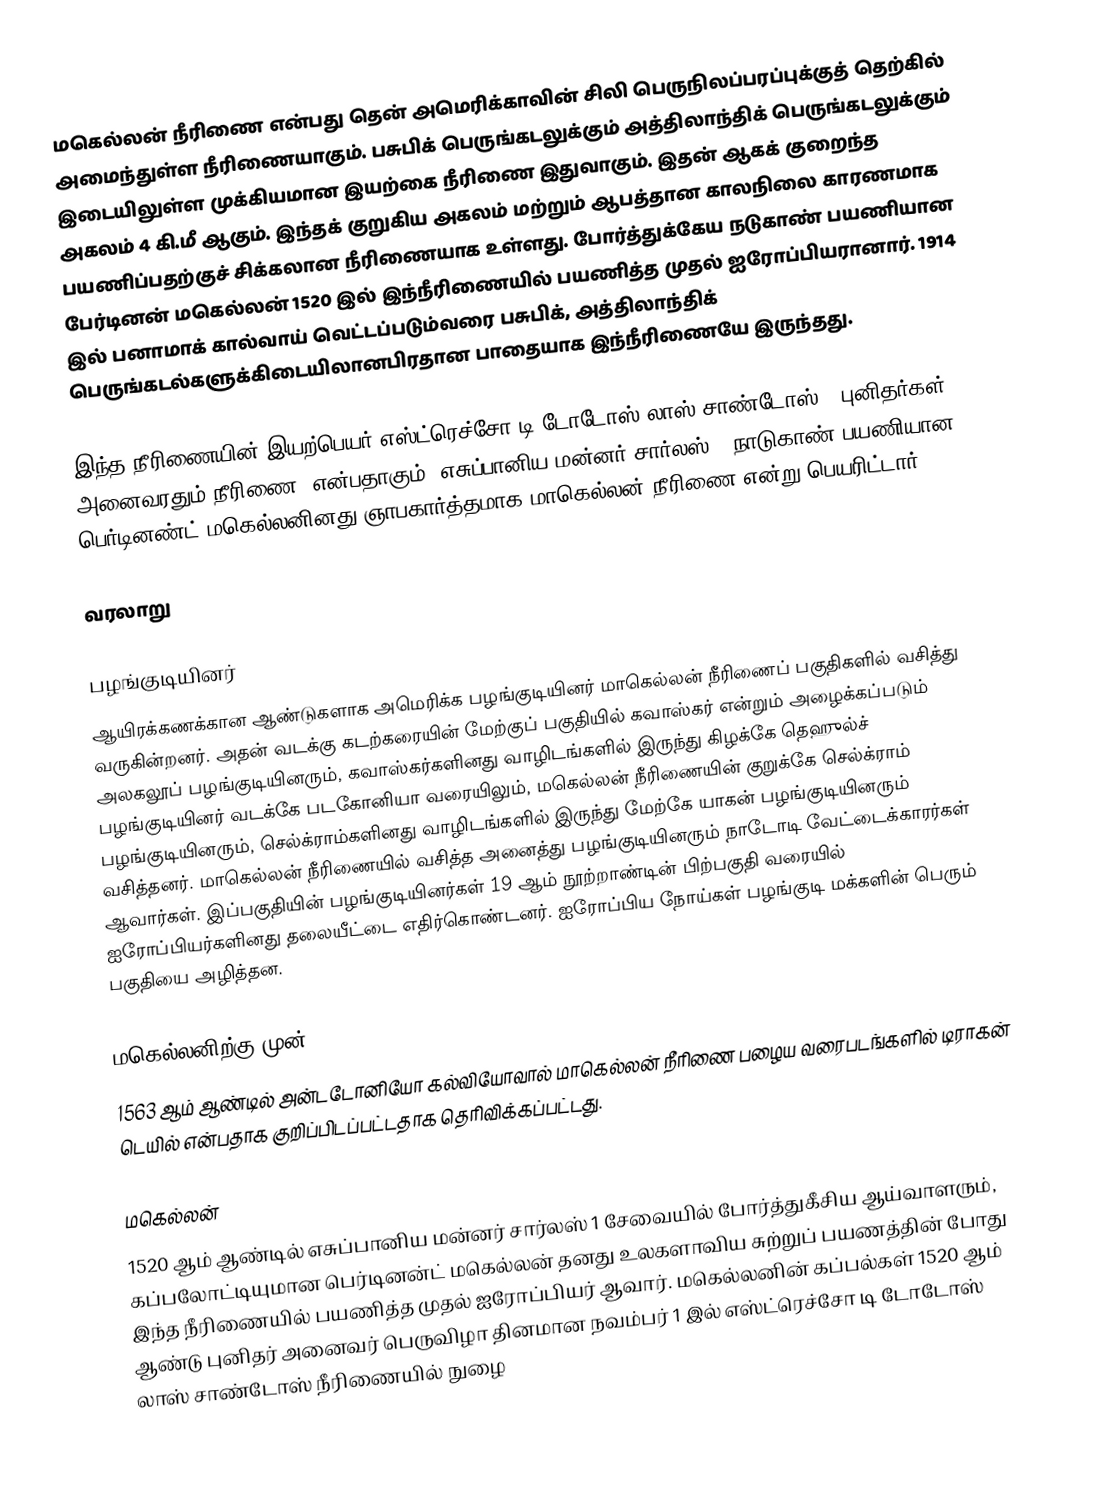
மகெல்லன் நீரிணை என்பது தென் அமெரிக்காவின் சிலி பெருநிலப்பரப்புக்குத் தெற்கில் அமைந்துள்ள நீரிணையாகும். பசுபிக் பெருங்கடலுக்கும் அத்திலாந்திக் பெருங்கடலுக்கும் இடையிலுள்ள முக்கியமான இயற்கை நீரிணை இதுவாகும். இதன் ஆகக் குறைந்த அகலம் 4 கி.மீ ஆகும். இந்தக் குறுகிய அகலம் மற்றும் ஆபத்தான காலநிலை காரணமாக பயணிப்பதற்குச் சிக்கலான நீரிணையாக உள்ளது. போர்த்துக்கேய நடுகாண் பயணியான பேர்டினன் மகெல்லன் 1520 இல் இந்நீரிணையில் பயணித்த முதல் ஐரோப்பியரானார். 1914 இல் பனாமாக் கால்வாய் வெட்டப்படும்வரை பசுபிக், அத்திலாந்திக் பெருங்கடல்களுக்கிடையிலானபிரதான பாதையாக இந்நீரிணையே இருந்தது.

இந்த நீரிணையின் இயற்பெயர் எஸ்ட்ரெச்சோ டி டோடோஸ் லாஸ் சாண்டோஸ் ( புனிதர்கள் அனைவரதும் நீரிணை) என்பதாகும். எசுப்பானிய மன்னர் சார்லஸ் V நாடுகாண் பயணியான பெர்டினண்ட் மகெல்லனினது ஞாபகார்த்தமாக மாகெல்லன் நீரிணை என்று பெயரிட்டார்.

வரலாறு

பழங்குடியினர்
ஆயிரக்கணக்கான ஆண்டுகளாக அமெரிக்க பழங்குடியினர் மாகெல்லன் நீரிணைப் பகுதிகளில் வசித்து வருகின்றனர். அதன் வடக்கு கடற்கரையின் மேற்குப் பகுதியில் கவாஸ்கர் என்றும் அழைக்கப்படும் அலகலூப் பழங்குடியினரும், கவாஸ்கர்களினது வாழிடங்களில் இருந்து கிழக்கே தெஹுல்ச் பழங்குடியினர் வடக்கே படகோனியா வரையிலும், மகெல்லன் நீரிணையின் குறுக்கே செல்க்ராம் பழங்குடியினரும், செல்க்ராம்களினது வாழிடங்களில் இருந்து மேற்கே யாகன் பழங்குடியினரும் வசித்தனர். மாகெல்லன் நீரிணையில் வசித்த அனைத்து பழங்குடியினரும் நாடோடி வேட்டைக்காரர்கள் ஆவார்கள். இப்பகுதியின் பழங்குடியினர்கள் 19 ஆம் நூற்றாண்டின் பிற்பகுதி வரையில் ஐரோப்பியர்களினது தலையீட்டை எதிர்கொண்டனர். ஐரோப்பிய நோய்கள் பழங்குடி மக்களின் பெரும் பகுதியை அழித்தன.

மகெல்லனிற்கு முன்
1563 ஆம் ஆண்டில் அன்டடோனியோ கல்வியோவால் மாகெல்லன் நீரிணை பழைய வரைபடங்களில் டிராகன் டெயில் என்பதாக குறிப்பிடப்பட்டதாக தெரிவிக்கப்பட்டது.

மகெல்லன்
1520 ஆம் ஆண்டில் எசுப்பானிய மன்னர் சார்லஸ் 1 சேவையில் போர்த்துகீசிய ஆய்வாளரும், கப்பலோட்டியுமான பெர்டினன்ட் மகெல்லன் தனது உலகளாவிய சுற்றுப் பயணத்தின் போது இந்த நீரிணையில் பயணித்த முதல் ஐரோப்பியர் ஆவார். மகெல்லனின் கப்பல்கள் 1520 ஆம் ஆண்டு புனிதர் அனைவர் பெருவிழா தினமான நவம்பர் 1 இல் எஸ்ட்ரெச்சோ டி டோடோஸ் லாஸ் சாண்டோஸ் நீரிணையில் நுழை